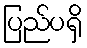
ပြည်ပရှိ